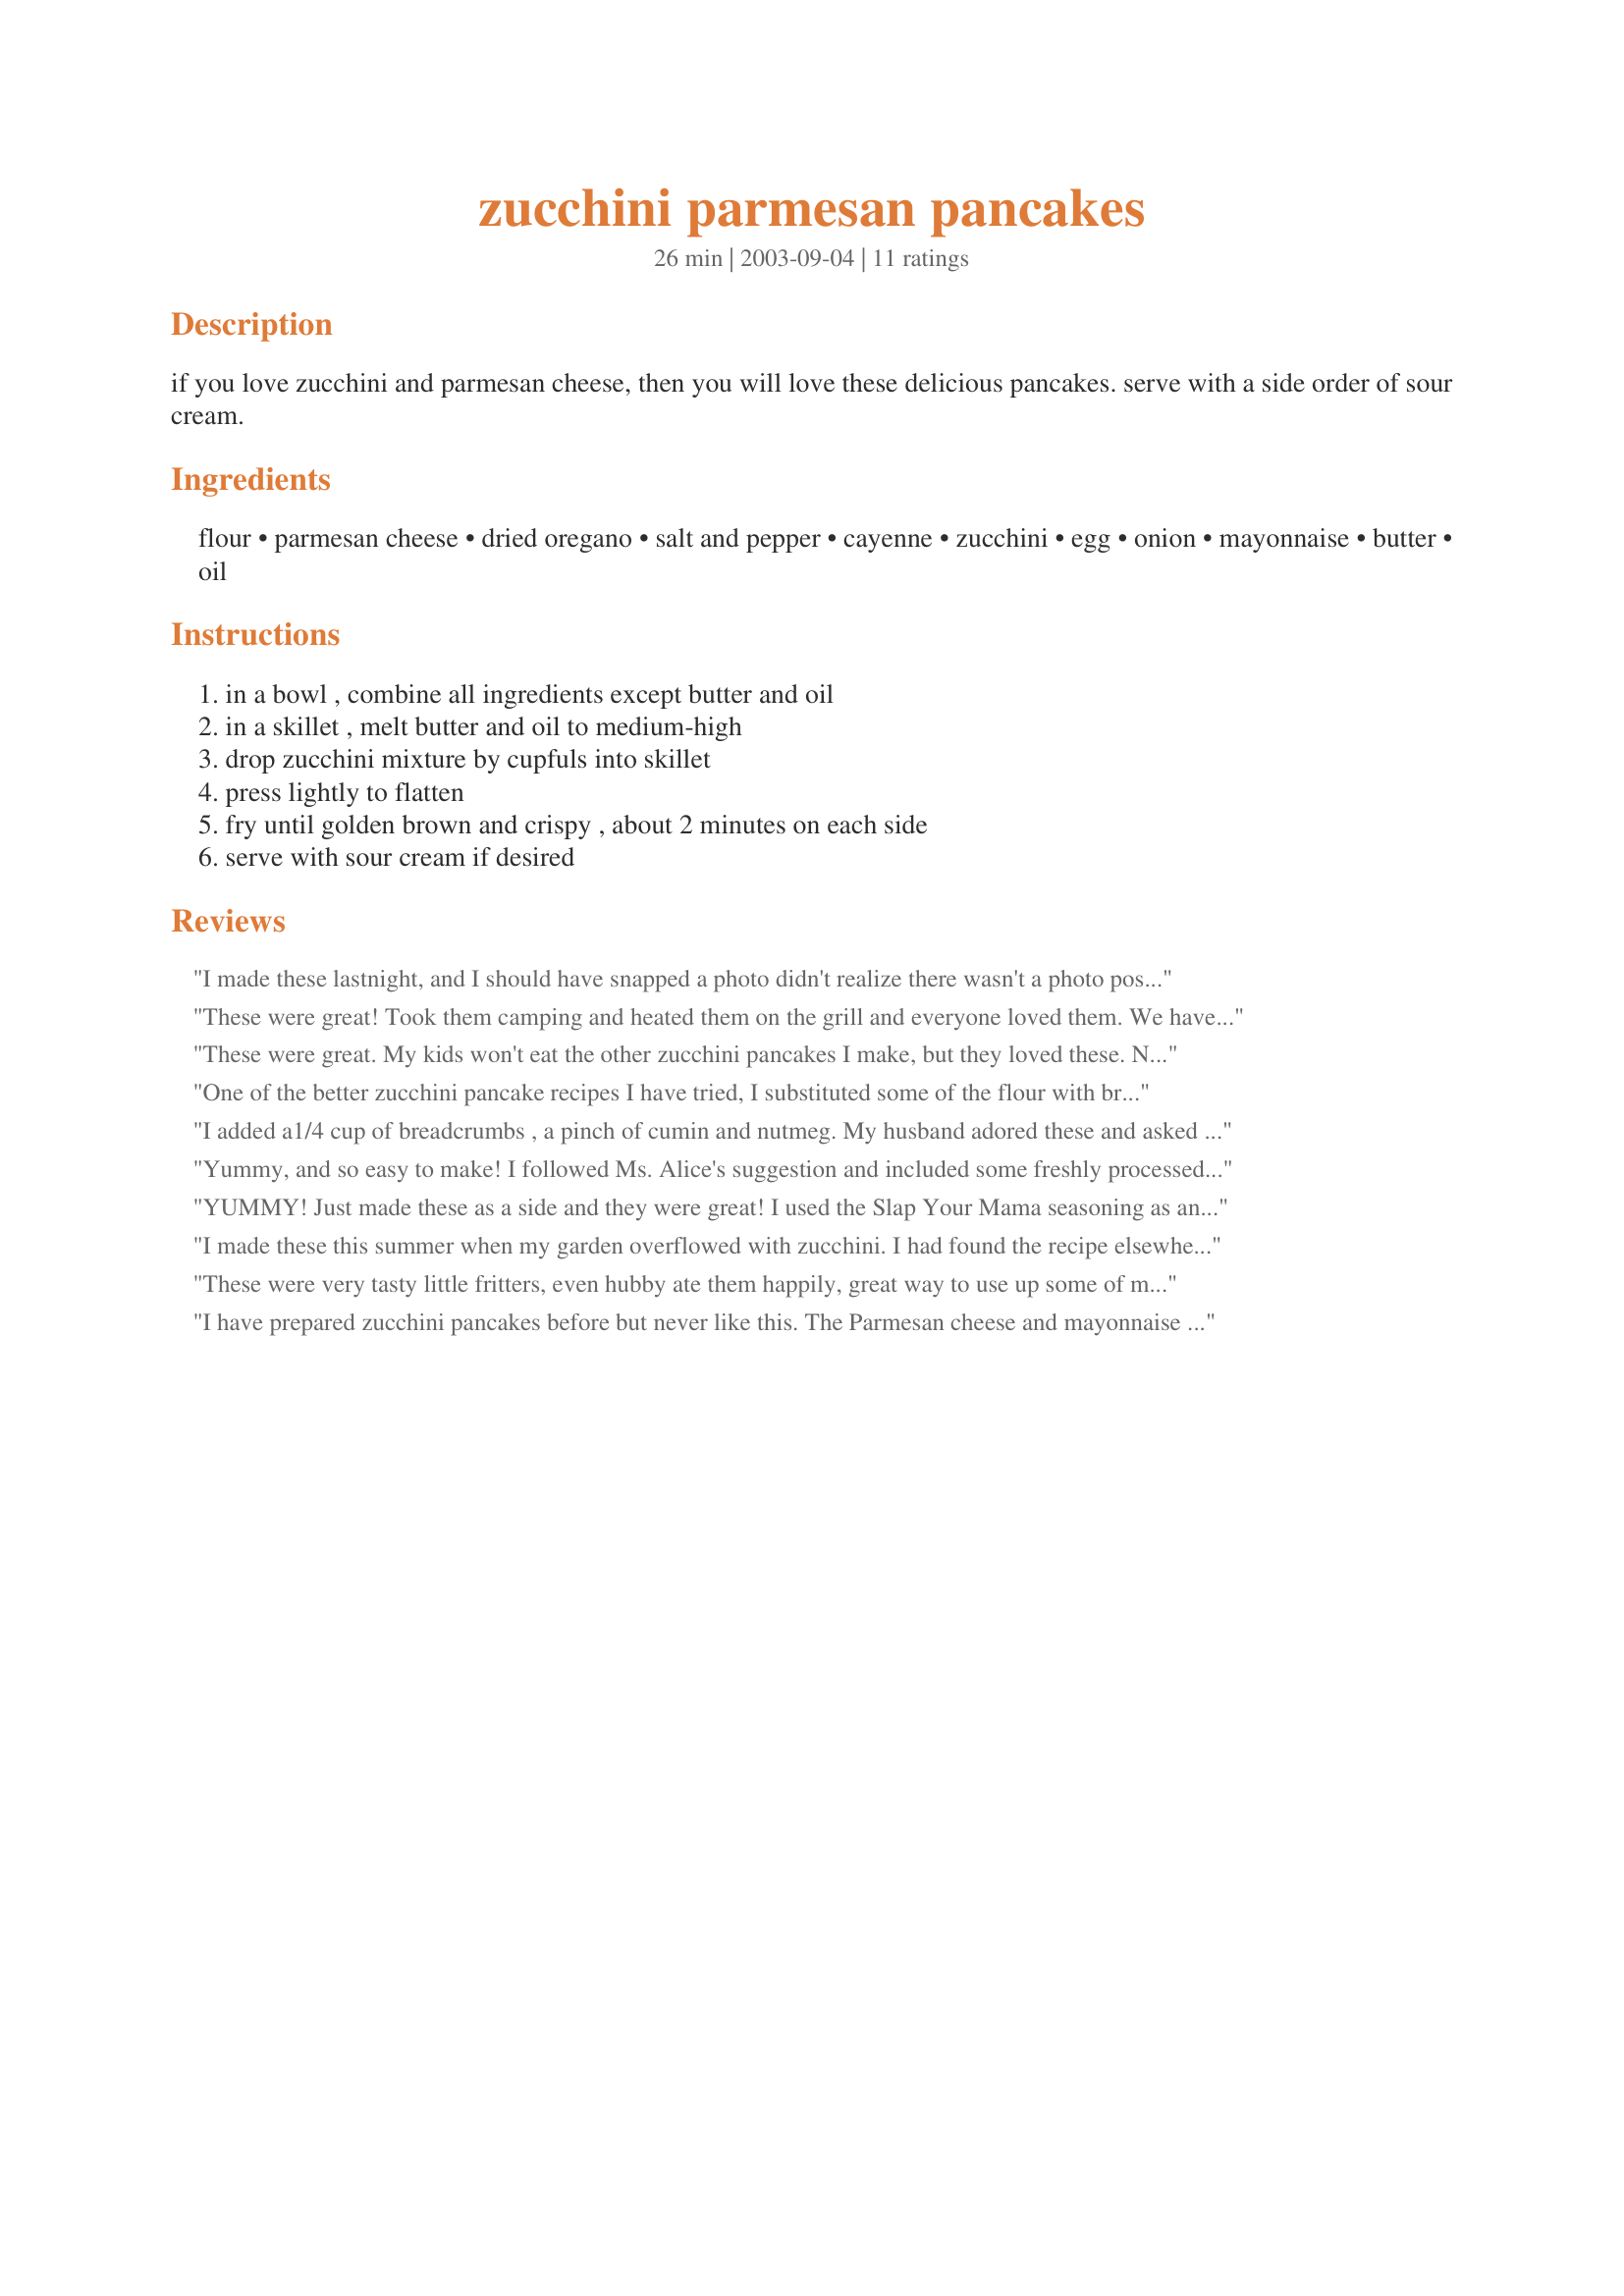
zucchini parmesan pancakes
Preparation time: 26 minutes

if you love zucchini and parmesan cheese, then you will love these delicious pancakes. serve with a side order of sour cream.

Ingredients:
flour, parmesan cheese, dried oregano, salt and pepper, cayenne, zucchini, egg, onion, mayonnaise, butter, oil

Steps:
in a bowl , combine all ingredients except butter and oil, in a skillet , melt butter and oil to medium-high, drop zucchini mixture by cupfuls into skillet, press lightly to flatten, fry until golden brown and crispy , about 2 minutes on each side, serve with sour cream if desired

Reviews:
I made these lastnight, and I should have snapped a photo didn't realize there wasn't a photo posted. These were very tasty, I got over zealous with my zucchini, and shredded WAY more then 1 1/2 c. So I had to improvise on the measurements. Either way they were really good, even my picky husband liked them. So thumbs up Kittencal.
These were great! Took them camping and heated them on the grill and everyone loved them. We have always made these when I was young but lost the recipe and this is far the best I think the mayo added moistness. I added a spice called slap your mama and gave it a nice kick. See link http://www.slapyamama.com/kitchen.php
Thanks and Enjoy!
These were great. My kids won't eat the other zucchini pancakes I make, but they loved these. Now if I can just get my husband to eat them... Thanks for sharing!
One of the better zucchini pancake recipes I have tried, I substituted some of the flour with breadcrumbs to make them more crispy. Loved the addition of parmesan cheese. Thanks for sharing your recipe.
I added a1/4 cup of breadcrumbs , a pinch of cumin and nutmeg. My husband adored these and asked for them again tomorrow night!
Yummy, and so easy to make! I followed Ms. Alice's suggestion and included some freshly processed breadcrumbs, I omitted the cayenne pepper, I used low-fat mayonnaise and I added 4 cloves of minced garlic, but otherwise I followed the recipe. I needed only about half the specified amount of butter and oil as I sautéed my pancakes in a non-stick pan. I served them with a generous dollop of creamy Greek yoghurt. Everyone just loved them so I'll be making these again! Thank you KITTENCAL for yet another fabulous recipe!


YUMMY! Just made these as a side and they were great! I used the Slap Your Mama seasoning as another reviewer suggested but would probably up it to a full teaspoon next time and there will absolutely be a next time. Thanks for this one :)
I made these this summer when my garden overflowed with zucchini. I had found the recipe elsewhere...when I came to post, here it is! My husband liked his served with a spaghetti sauce topping. I prefer the sour cream. Great summer sidedish or light supper!
These were very tasty little fritters, even hubby ate them happily, great way to use up some of my excess zucchini. Thanks for posting!
I have prepared zucchini pancakes before but never like this. The Parmesan cheese and mayonnaise added a ncie flavor and moistness. the cayenne gave it a nice spicy flavor. Prpeared as written.

Thanks KITTENCAL. 

Bullwinkle.
Great side dish for our spicy chicken pesto. Served with pesto pasta salad.
